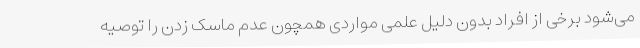
می‌شود برخی از افراد بدون دلیل علمی مواردی همچون عدم ماسک زدن را توصیه